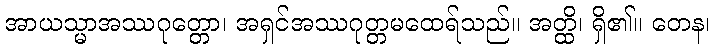
အာယသ္မာအဿဂုတ္တော၊ အရှင်အဿဂုတ္တမထေရ်သည်။ အတ္ထိ၊ ရှိ၏။ တေန၊